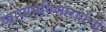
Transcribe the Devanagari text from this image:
व्यायामविशारदाची